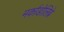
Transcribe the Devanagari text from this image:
मर्काडोलिब्रे